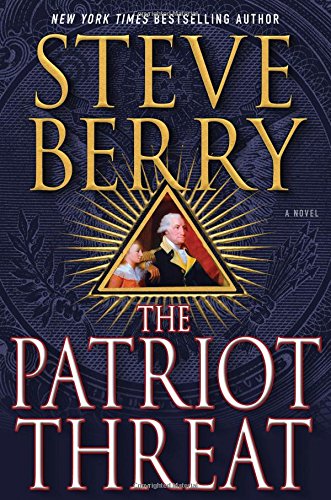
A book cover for The Patriot Threat: A Novel (Cotton Malone); Steve Berry; Mystery, Thriller & Suspense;